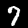
Digit: 7